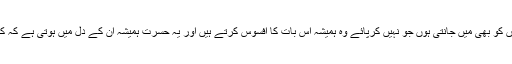
جن لوگوں کو بھی میں جانتی ہوں جو نہیں کرپائے وہ ہمیشہ اس بات کا افسوس کرتے ہیں اور یہ حسرت ہمیشہ ان کے دل میں ہوتی ہے کہ کاش اگر؟